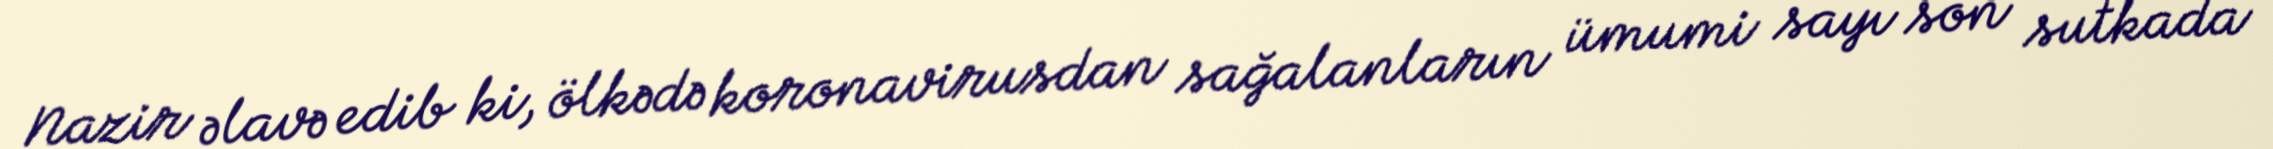
Nazir əlavə edib ki, ölkədə koronavirusdan sağalanların ümumi sayı son sutkada